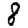
Digit: 8